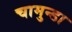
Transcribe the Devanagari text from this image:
चामुन्डा